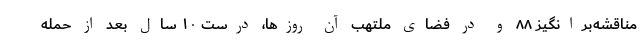
مناقشه‌برانگیز ۸۸ و در فضای ملتهب آن روزها، درست ۱۰ سال بعد از حمله